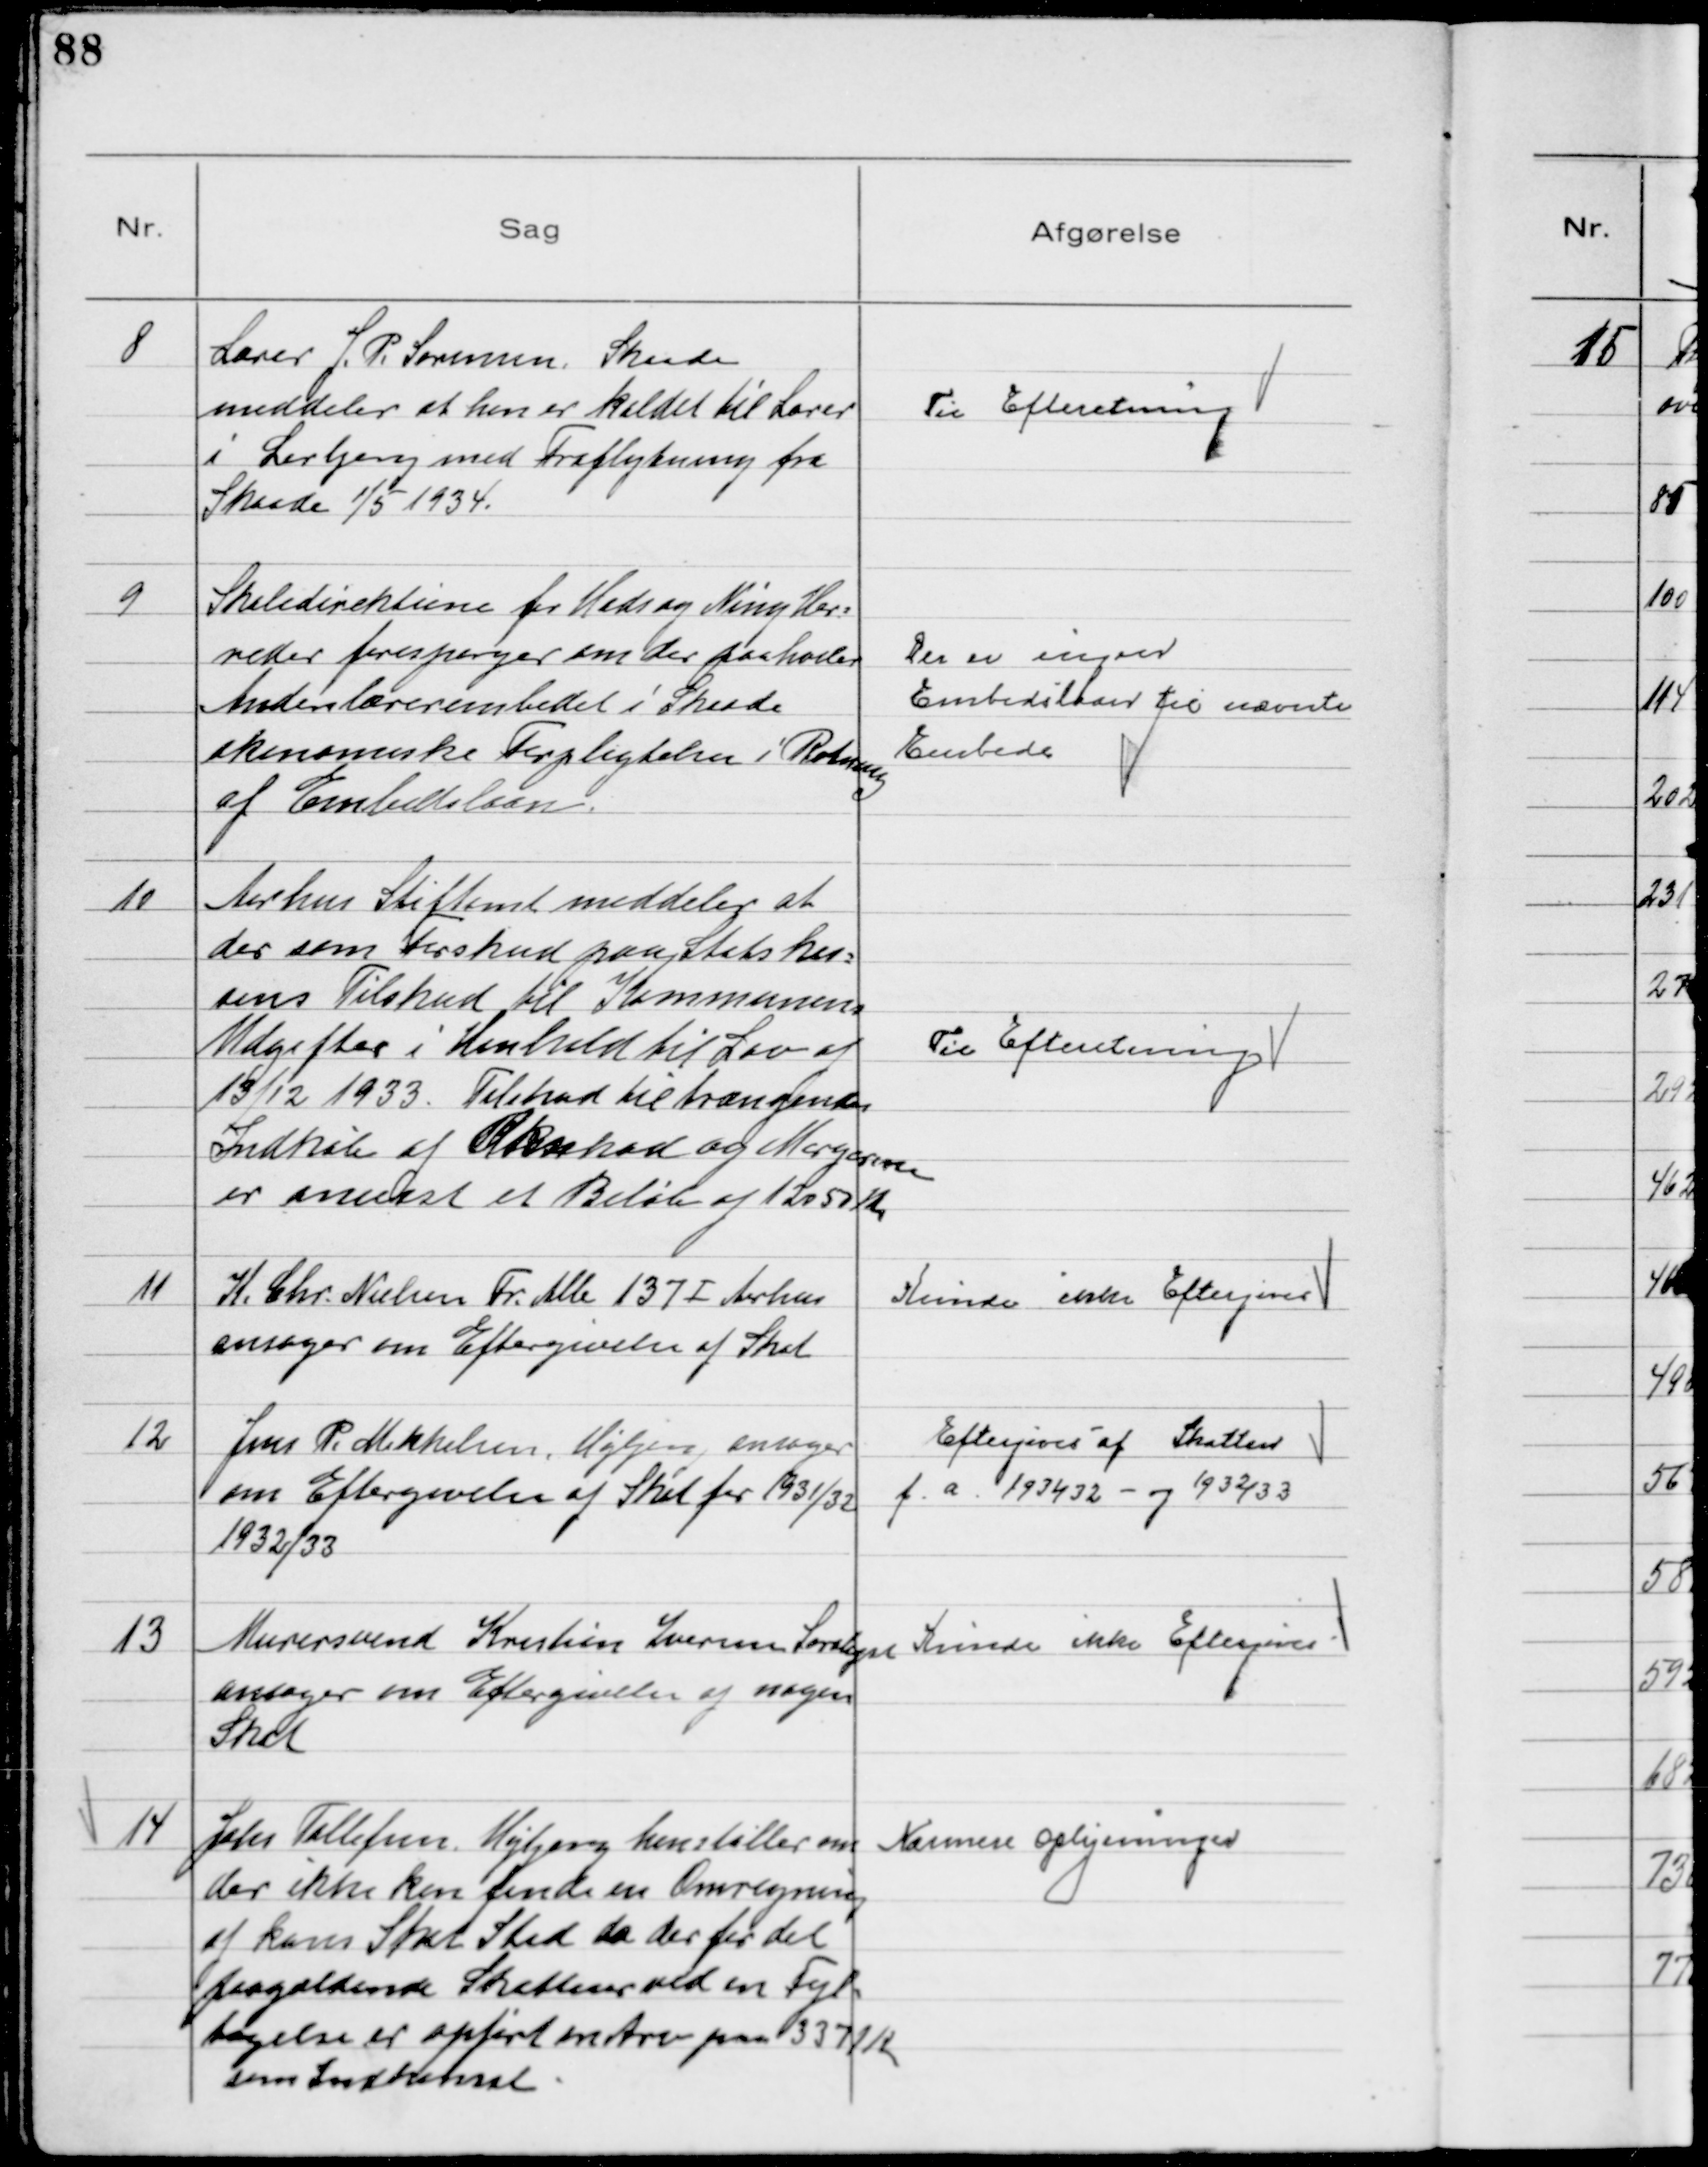
Transskription:
8
Lærer J. P. Sørensen Skaade
meddeler at han er kaldet til Lærer
i Lerbjerg med Fraflytning fra
Skaade 1/5 1934.

Til Efteretning

9
Skoledirektionen for Hads og Ning Her-
reder forespørger om der paaholder
Andenlærerembedet i Skaade
Økonomiske Forpligtelser i Retning
af Embedslaan.

Der er ingen
Embedslaan til nævnte
Embede

10
Aarhus Stiftamt meddeler at
der som Forskud paa Statskas-
sens Tilskud til Kommunens
Udgifter i Henhold til Lov af
13/12 1933. Tilskud til trængendes
Indkøb af Oksekød og Margarine
er anvist et Beløb af 12050 Kr

Til Efteretning

11
K. Chr. Nielsen Fr. Alle 137 Ⅰ Aarhus
ansøger om Eftergivelse af Skat

Kunde ikke Eftergives

12
Jens P. Mikkelsen, Højbjerg ansøger
om Eftergivelse af Skat for 1931/32
1932/33

Eftergives af Skatten
f. a. 1931/32 - og 1932/33

13
Murersvend Kristian Iversen Saralyst
ansøger om Eftergivelse af nogen
Skat

Kunde ikke Eftergives

14
Johs Fallesen Højbjerg henstiller om
der ikke kan finde en Omregning
af hans Skat Sted da der for det
paagældende Skatteaar ved en Fejl-
tagelse er opført en Arv paa 3371 Kr
som Indkomst

Nærmere Oplysninger